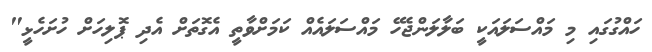
ހައްގުގައި މި މައްސަލައަކީ ބަލާލަންޖެހޭ މައްސަލައެއް ކަމަށްވާތީ އެގޮތަށް އެދި ޕޮލިހަށް ހުށަހެޅީ"